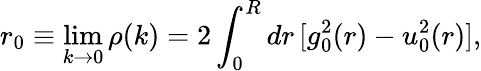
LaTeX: r_{0}\equiv\operatorname*{lim}_{k\to 0}\rho(k)=2\int_{0}^{R}dr\, [g_{0}^{2}(r)-u_{0}^{2}(r)],